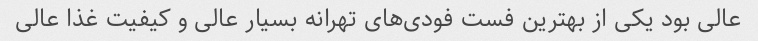
عالی بود یکی از بهترین فست فودی‌های تهرانه بسیار عالی و کیفیت غذا عالی